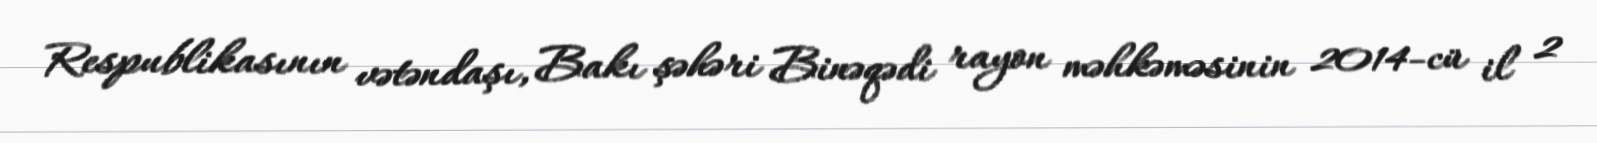
Respublikasının vətəndaşı, Bakı şəhəri Binəqədi rayon məhkəməsinin 2014-cü il 2